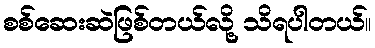
စစ်ဆေးဆဲဖြစ်တယ်လို့ သိရပါတယ်။